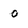
Character: 0